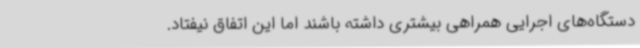
دستگاه‌های اجرایی همراهی بیشتری داشته باشند اما این اتفاق نیفتاد.